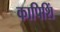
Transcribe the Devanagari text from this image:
कापिशिं